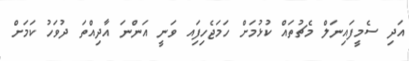
އަދި ސެމީފައިނަލް މެޗުތައް ކުޅުމަށް ހަމަޖެހިފަިއ ވަނީ އަންނަ އާދިއްތަ ދުވަހު ކަމަށް